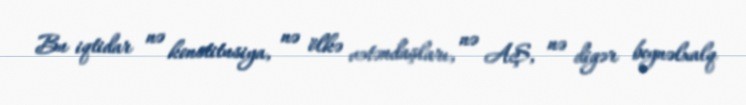
Bu iqtidar nə konstitusiya, nə ölkə vətəndaşları, nə AŞ, nə digər beynəlxalq